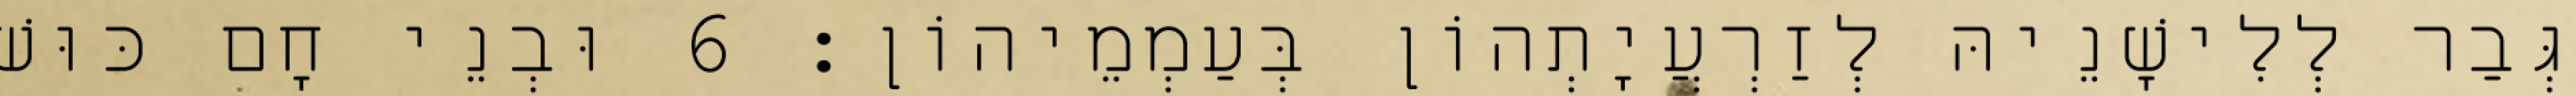
גְּבַר לְלִישָׁנֵיהּ לְזַרְעֲיָתְהוֹן בְּעַמְמֵיהוֹן׃ 6 וּבְנֵי חָם כּוּשׁ